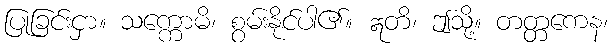
ပြုခြင်းငှာ။ သက္ကောမိ၊ စွမ်းနိုင်ပါ၏။ ဣတိ၊ ဤသို့။ တတ္တကေန၊